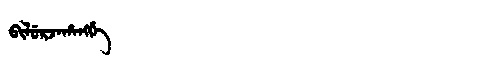
Manchu: ᠪᡳᠯᡠᡵᠵᠠᡥᠠᠩᡤᡝ
Romanization: BILURJAHANGGE